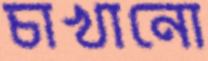
চাখানো